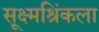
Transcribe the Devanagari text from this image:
सूक्ष्मश्रिंकला